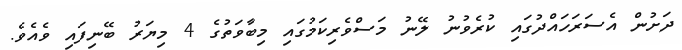
ދަށުން އެސަރަހައްދުގައި ކުރެވުނު ލޭނު މަސްވެރިކަމުގައި މިބާވަތުގެ 4 މިޔަރު ބޭނިފައި ވެއެވެ.